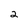
Character: 2